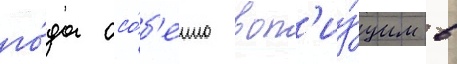
го́да осо́б'енно воп'иу́щим в